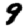
Digit: 9